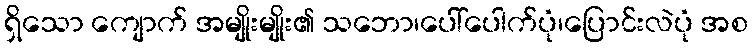
ရှိသော ကျောက် အမျိုးမျိုး၏ သဘော၊ပေါ်ပေါက်ပုံ၊ပြောင်းလဲပုံ အစ